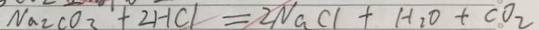
N a _ { 2 } C O _ { 2 } + 2 H C l = 2 N a C l + H _ { 2 } O + C O _ { 2 }